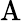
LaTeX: \mathrm{A}